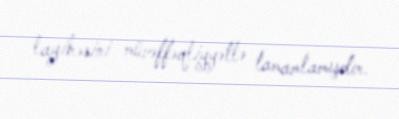
layihəsini müvəffəqliyyətlə tamamlamışdır.